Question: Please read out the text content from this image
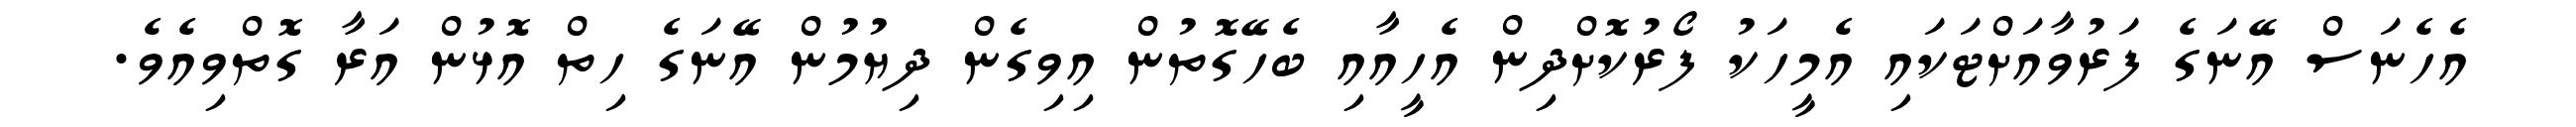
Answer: އެހެނަސް އޭނަގެ ފަރުވާއަށްޓަކައި އެމީހަކު ފޯރުކޮށްދިން އެހީއާއި ބެހޭގޮތުން އިވިގެން ދިޔުމުން އޭނަގެ ހިތް އޮޅުން އަރާ ގޮތްވިއެވެ.